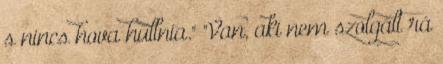
s nincs hova hullnia." "Van, aki nem szolgált rá